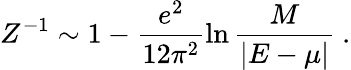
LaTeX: Z^{-1}\sim 1-\frac{e^{2}}{12\pi^{2}}\ln{\frac{M}{|E-\mu|}}\ .